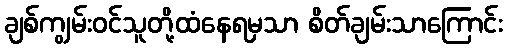
ချစ်ကျွမ်းဝင်သူတို့ထံနေရမှသာ စိတ်ချမ်းသာကြောင်း